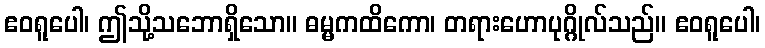
ဧဝရူပေါ၊ ဤသို့သဘောရှိသော။ ဓမ္မကထိကော၊ တရားဟောပုဂ္ဂိုလ်သည်။ ဧဝရူပေါ၊